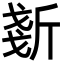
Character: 𣂧